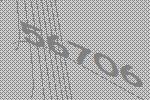
56706